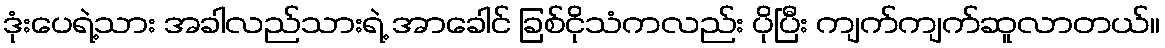
ဒုံးပေရဲ့သား အခါလည်သားရဲ့ အာခေါင် ခြစ်ငိုသံကလည်း ပိုပြီး ကျက်ကျက်ဆူလာတယ်။